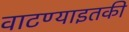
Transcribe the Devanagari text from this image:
वाटण्याइतकी